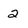
Character: 2